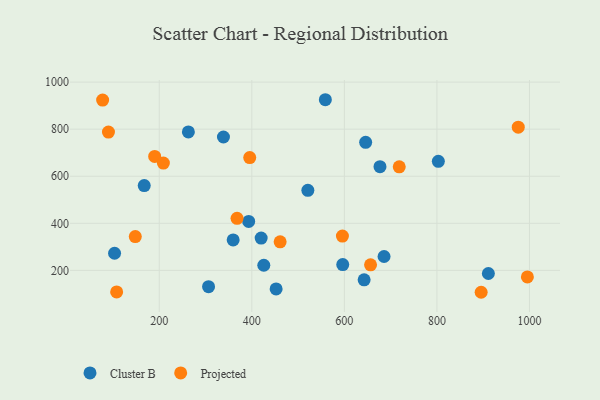
{"axis": {"x": "Price", "y": "Exam Score"}, "legend": ["Cluster B", "Projected"], "data": [{"x": "306.5", "y": 130.8, "type": "Cluster B"}, {"x": "646.0", "y": 744.2, "type": "Cluster B"}, {"x": "642.7", "y": 159.6, "type": "Cluster B"}, {"x": "167.5", "y": 560.2, "type": "Cluster B"}, {"x": "558.9", "y": 925.1, "type": "Cluster B"}, {"x": "420.2", "y": 337.0, "type": "Cluster B"}, {"x": "338.7", "y": 766.8, "type": "Cluster B"}, {"x": "685.8", "y": 259.0, "type": "Cluster B"}, {"x": "677.0", "y": 640.6, "type": "Cluster B"}, {"x": "596.5", "y": 224.6, "type": "Cluster B"}, {"x": "425.9", "y": 221.8, "type": "Cluster B"}, {"x": "521.1", "y": 540.2, "type": "Cluster B"}, {"x": "359.7", "y": 329.2, "type": "Cluster B"}, {"x": "803.1", "y": 663.2, "type": "Cluster B"}, {"x": "262.9", "y": 788.4, "type": "Cluster B"}, {"x": "452.5", "y": 121.0, "type": "Cluster B"}, {"x": "103.4", "y": 272.7, "type": "Cluster B"}, {"x": "393.2", "y": 408.1, "type": "Cluster B"}, {"x": "911.2", "y": 186.6, "type": "Cluster B"}, {"x": "895.6", "y": 106.9, "type": "Projected"}, {"x": "656.6", "y": 223.5, "type": "Projected"}, {"x": "190.1", "y": 684.0, "type": "Projected"}, {"x": "368.1", "y": 421.2, "type": "Projected"}, {"x": "208.9", "y": 655.8, "type": "Projected"}, {"x": "975.8", "y": 808.6, "type": "Projected"}, {"x": "461.2", "y": 321.3, "type": "Projected"}, {"x": "395.5", "y": 679.1, "type": "Projected"}, {"x": "90.2", "y": 787.8, "type": "Projected"}, {"x": "148.2", "y": 343.6, "type": "Projected"}, {"x": "718.6", "y": 639.8, "type": "Projected"}, {"x": "107.9", "y": 108.5, "type": "Projected"}, {"x": "995.5", "y": 172.1, "type": "Projected"}, {"x": "77.6", "y": 923.5, "type": "Projected"}, {"x": "595.8", "y": 345.6, "type": "Projected"}]}